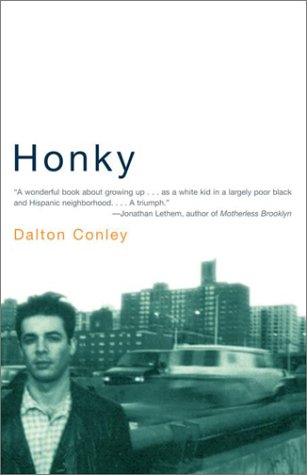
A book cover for Honky; Dalton Conley; Biographies & Memoirs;